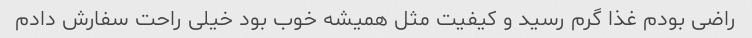
راضی بودم غذا گرم رسید و کیفیت مثل همیشه خوب بود خیلی راحت سفارش دادم